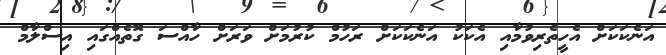
އަނެކަކަށް އެހީތެރިވުމާއި އެކަކު އަނެކަކަށް ރަހުމް ކުރުމަށް ވަރަށް ހާއްސަ ގޮތެއްގައި އިސްލާމް